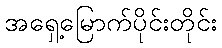
အရှေ့မြောက်ပိုင်းတိုင်း